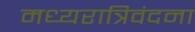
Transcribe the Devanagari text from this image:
मध्यरात्रिवंदना